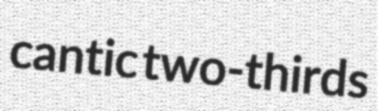
cantic two-thirds